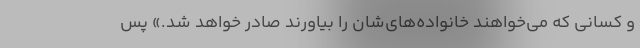
و کسانی که می‌خواهند خانواده‌های‌شان را بیاورند صادر خواهد شد.» پس